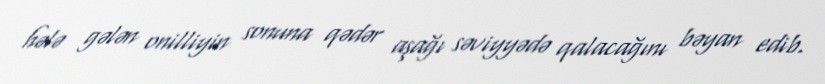
hələ gələn onilliyin sonuna qədər aşağı səviyyədə qalacağını bəyan edib.